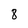
Character: 8